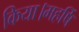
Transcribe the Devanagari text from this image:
किया।महर्षि